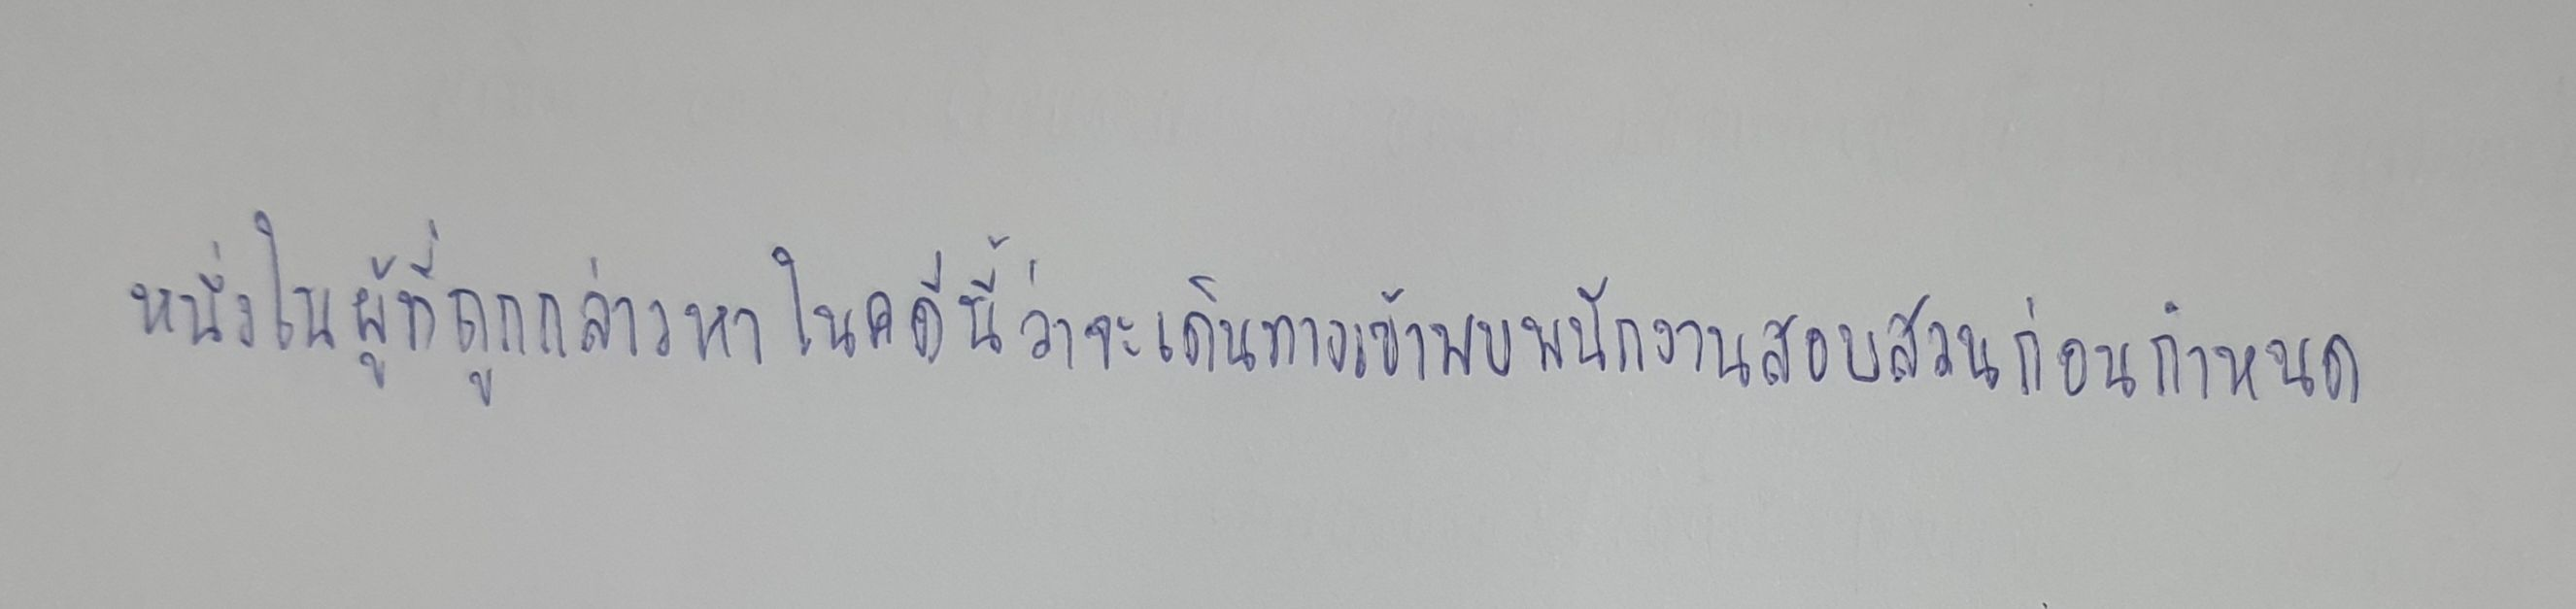
หนึ่งในผู้ที่ถูกกล่าวหาในคดีนี้ว่าจะเดินทางเข้าพบพนักงานสอบสวนก่อนกำหนด